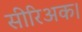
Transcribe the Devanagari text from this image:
सीरिअक।